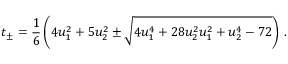
t _ { \pm } = \frac { 1 } { 6 } \left( 4 u _ { 1 } ^ { 2 } + 5 u _ { 2 } ^ { 2 } \pm \sqrt { 4 u _ { 1 } ^ { 4 } + 2 8 u _ { 2 } ^ { 2 } u _ { 1 } ^ { 2 } + u _ { 2 } ^ { 4 } - 7 2 } \right) \, .